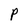
Character: P